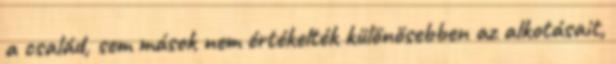
a család, sem mások nem értékelték különösebben az alkotásait,